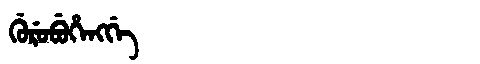
Manchu: ᡤᡠᡵᡠᠪᡠᡥᡝᠩᡤᡝ
Romanization: GURUBUHENGGE